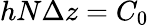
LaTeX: hN\Delta z=C_{0}